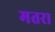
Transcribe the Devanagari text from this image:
मतरा